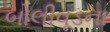
બોલીવૂડના